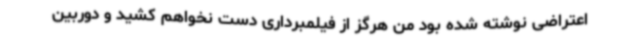
اعتراضی نوشته شده بود من هرگز از فیلمبرداری دست نخواهم کشید و دوربین